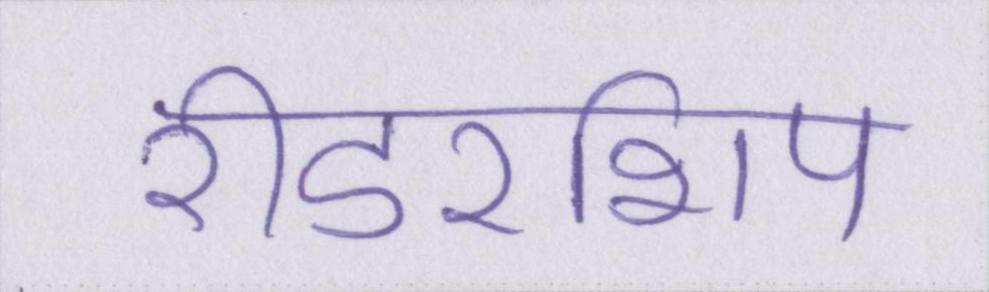
रीडरशिप